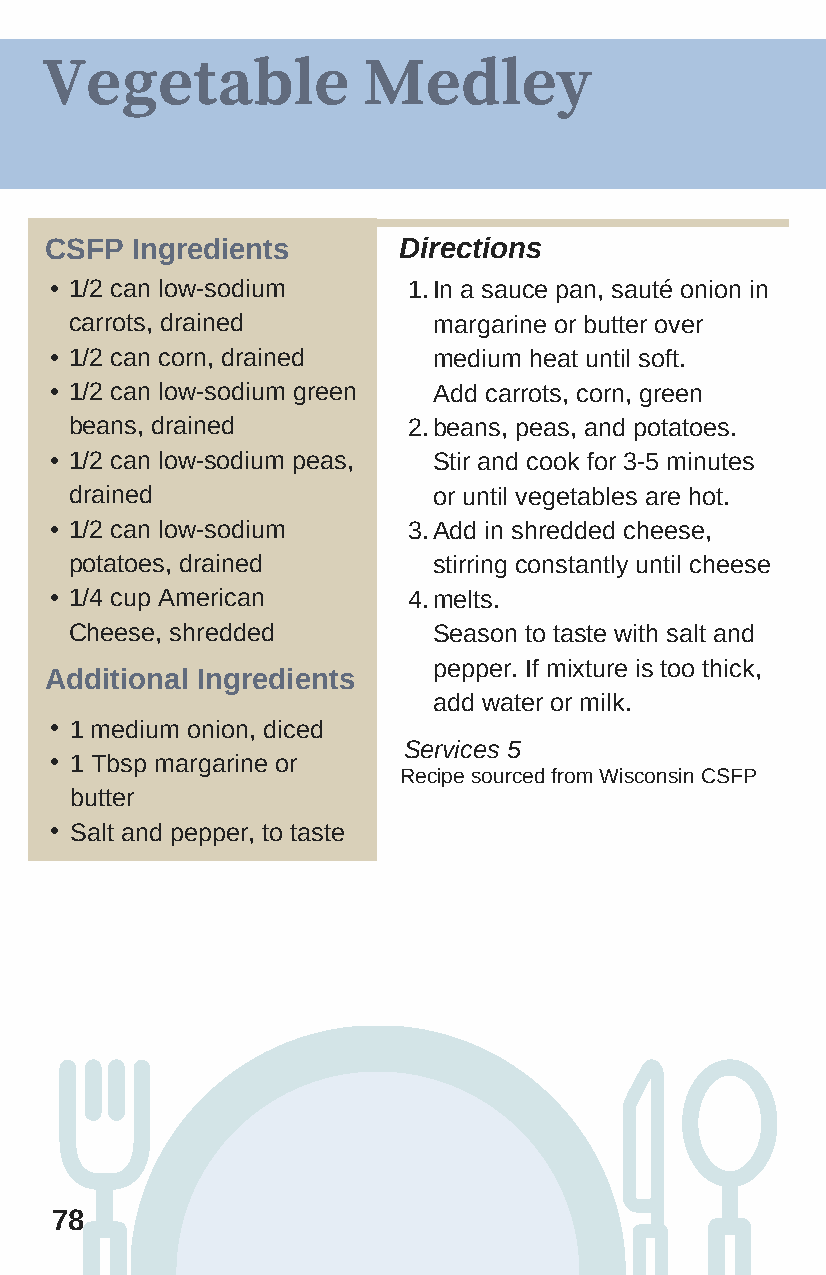
Vegetable            Medley
 CSFP  Ingredients      Directions
 • 1/2 can low-sodium    1. In a sauce pan, sauté onion in
 carrots, drained        margarine or butter over
 • 1/2 can corn, drained   medium heat until soft.
 • 1/2 can low-sodium green Add carrots, corn, green
 beans, drained        2. beans, peas, and potatoes.
 • 1/2 can low-sodium peas, Stir and cook for 3-5 minutes
 drained                 or until vegetables are hot.
 • 1/2 can low-sodium    3. Add in shredded cheese,
 potatoes, drained       stirring constantly until cheese
 • 1/4 cup American      4. melts.
 Cheese, shredded        Season to taste with salt and
 pepper. If mixture is too thick,
 Additional Ingredients
 add water or milk.
 • 1 medium onion, diced
 Services 5
 • 1 Tbsp margarine or
 R ecipe sourced from Wisconsin CSFP
 butter
 • Salt and pepper, to taste
 78